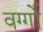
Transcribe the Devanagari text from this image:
वर्ग्गो